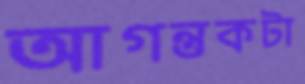
আগন্তুকটা